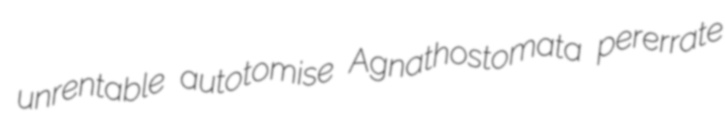
unrentable autotomise Agnathostomata pererrate